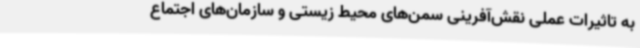
به تاثیرات عملی نقش‌آفرینی سمن‌های محیط زیستی و سازمان‌های اجتماع